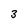
Character: 3